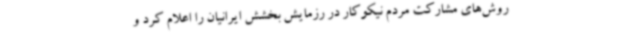
روش‌های مشارکت مردم نیکوکار در رزمایش بخشش ایرانیان را اعلام کرد و